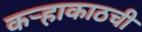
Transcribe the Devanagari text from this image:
कऱ्हाकाठची